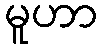
မူဟာ